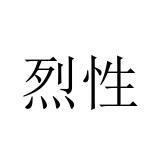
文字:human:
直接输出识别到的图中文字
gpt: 烈性